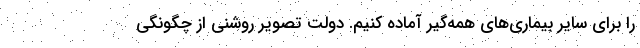
را برای سایر بیماری‌های همه‌گیر آماده کنیم. دولت تصویر روشنی از چگونگی